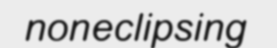
noneclipsing